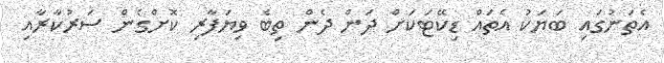
އެތަނުގައި ބަޔަކު އެތައް ޑިކޭޓަކަށް ދަން ދެން ތިބެ ވިޔަފާރި ކޮށްގެން ސަރުކާރާއި